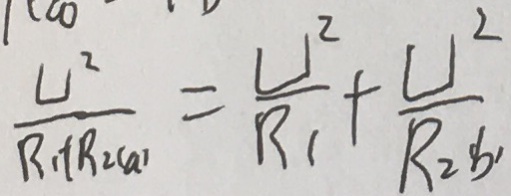
\frac { U ^ { 2 } } { R _ { 1 } + R _ { 2 ( a ) } } = \frac { U ^ { 2 } } { R _ { 1 } } + \frac { U ^ { 2 } } { R _ { 2 } b _ { 1 } }